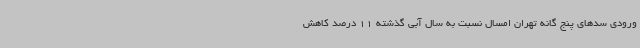
ورودی سدهای پنج گانه تهران امسال نسبت به سال آبی گذشته 11 درصد کاهش